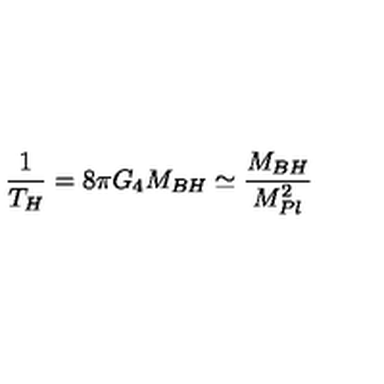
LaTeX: \frac { 1 } { T _ { H } } = 8 \pi G _ { 4 } M _ { B H } \simeq \frac { M _ { B H } } { M _ { P l } ^ { 2 } }